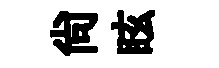
尚眩